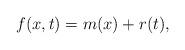
LaTeX: \begin{align*}f(x,t)=m(x)+r(t),\end{align*}